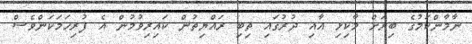
ނާމާންކަމުގެ ބިރަށް މާކިޅި އާއި ދުރުގައި ތިބި ރައްޔިތުން ކައިރިވުމުން އެ ފުރިހަމަކަންވެސް